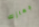
جهازك